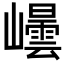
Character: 𭗮